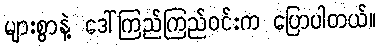
များစွာနဲ့ ဒေါ်ကြည်ကြည်ဝင်းက ပြောပါတယ်။